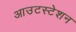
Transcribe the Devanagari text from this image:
आउटस्टेशन